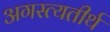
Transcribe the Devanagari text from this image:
अगस्त्यतीर्थ